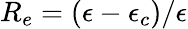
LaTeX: R_{e}=(\epsilon-\epsilon_{c})/\epsilon